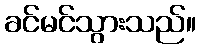
ခင်မင်သွားသည်။